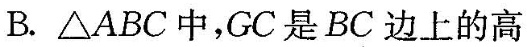
B.△ABC中，GC是BC边上的高